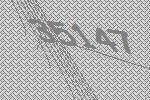
35147